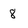
Character: 8